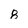
Character: 8